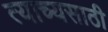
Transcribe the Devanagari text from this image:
त्याच्यसाठी